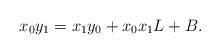
LaTeX: \begin{align*}x_0y_1=x_1y_0+x_0x_1L+B.\end{align*}